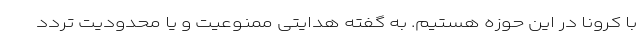
با کرونا در این حوزه هستیم. به گفته هدایتی ممنوعیت و یا محدودیت تردد